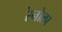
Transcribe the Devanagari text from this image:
रेनोला